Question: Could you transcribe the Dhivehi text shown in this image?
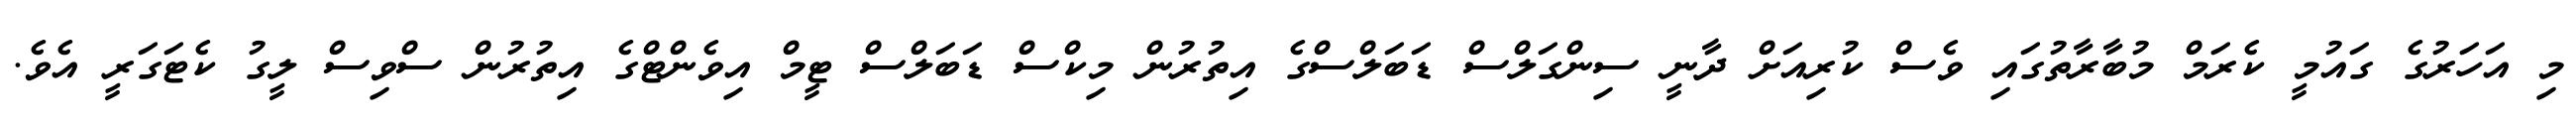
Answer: މި އަހަރުގެ ގައުމީ ކެރަމް މުބާރާތުގައި ވެސް ކުރިއަށް ދާނީ ސިންގަލްސް ޑަބަލްސްގެ އިތުރުން މިކްސް ޑަބަލްސް ޓީމް އިވެންޓްގެ އިތުރުން ސްވިސް ލީގު ކެޓަގަރީ އެވެ.